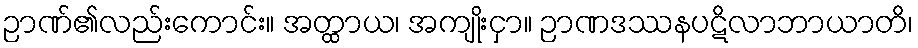
ဉာဏ်၏လည်းကောင်း။ အတ္ထာယ၊ အကျိုးငှာ။ ဉာဏဒဿနပဋိလာဘာယာတိ၊